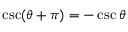
\csc ( \theta + \pi ) = - \csc \theta